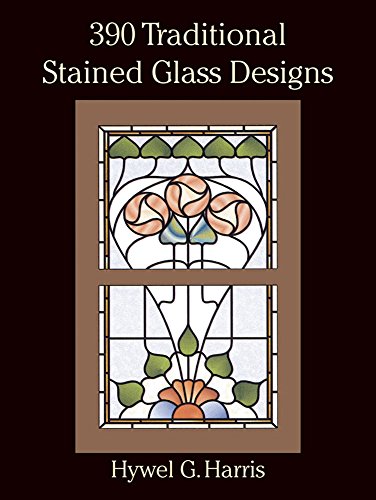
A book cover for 390 Traditional Stained Glass Designs (Dover Stained Glass Instruction); Hywel G. Harris; Crafts, Hobbies & Home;